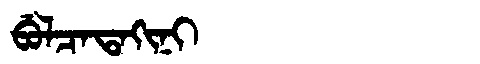
Manchu: ᠪᡠᠯᠴᠠᡨᠠᡴᡳᠨᡳ
Romanization: BULCATAKINI